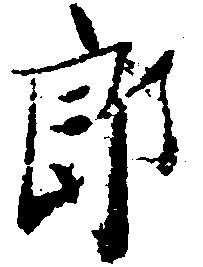
郎